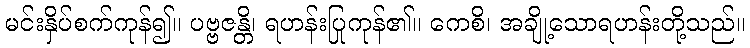
မင်းနှိပ်စက်ကုန်၍။ ပဗ္ဗဇန္တိ၊ ရဟန်းပြုကုန်၏။ ကေစိ၊ အချို့သောရဟန်းတို့သည်။